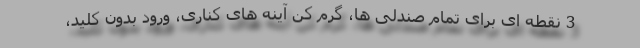
3 نقطه ای برای تمام صندلی ها، گرم کن آینه های کناری، ورود بدون کلید،